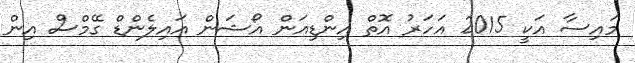
މައިސާ އަކީ 2015 އަހަރު އޮތް އިންޑިއަން އޯޝަން އައިލެންޑް ގޭމްސް އިން